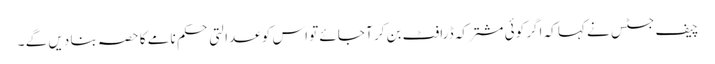
چیف جسٹس نے کہا کہ اگر کوئی مشترکہ ڈرافٹ بن کر آ جائے تو اس کو عدالتی حکم نامے کا حصہ بنا دیں گے ۔